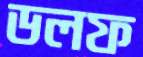
ডলফ